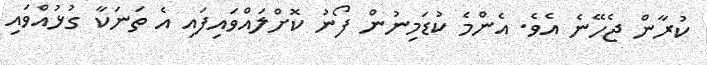
ކުރާން ޖެހޭނެ އެވެ. އެންމެ ކުޑަމިނުން ފޯނު ކޮށްލައްވައިފައި އެ ތަނަކާ ގުޅުއްވައި